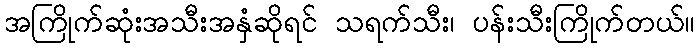
အကြိုက်ဆုံးအသီးအနှံဆိုရင် သရက်သီး၊ ပန်းသီးကြိုက်တယ်။